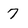
Character: 7